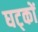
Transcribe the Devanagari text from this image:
घट्कों